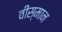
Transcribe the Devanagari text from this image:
वीस्मान